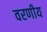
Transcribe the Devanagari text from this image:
वरणीय